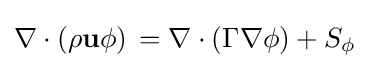
\nabla \cdot (\rho \mathbf {u} \phi )\,=\nabla \cdot (\Gamma \nabla \phi )+S_{\phi }\;